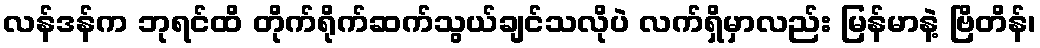
လန်ဒန်က ဘုရင်ထိ တိုက်ရိုက်ဆက်သွယ်ချင်သလိုပဲ လက်ရှိမှာလည်း မြန်မာနဲ့ ဗြိတိန်၊